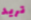
تريد